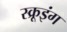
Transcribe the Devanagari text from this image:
स्क्रूइंग